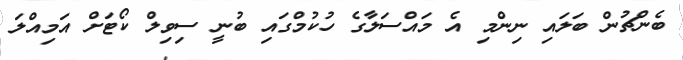
ބެންޗުން ބަލައި ނިންމި އެ މައްސަލާގެ ހުކުމްގައި ބުނީ ސިވިލް ކޯޓަށް އަމިއްލަ